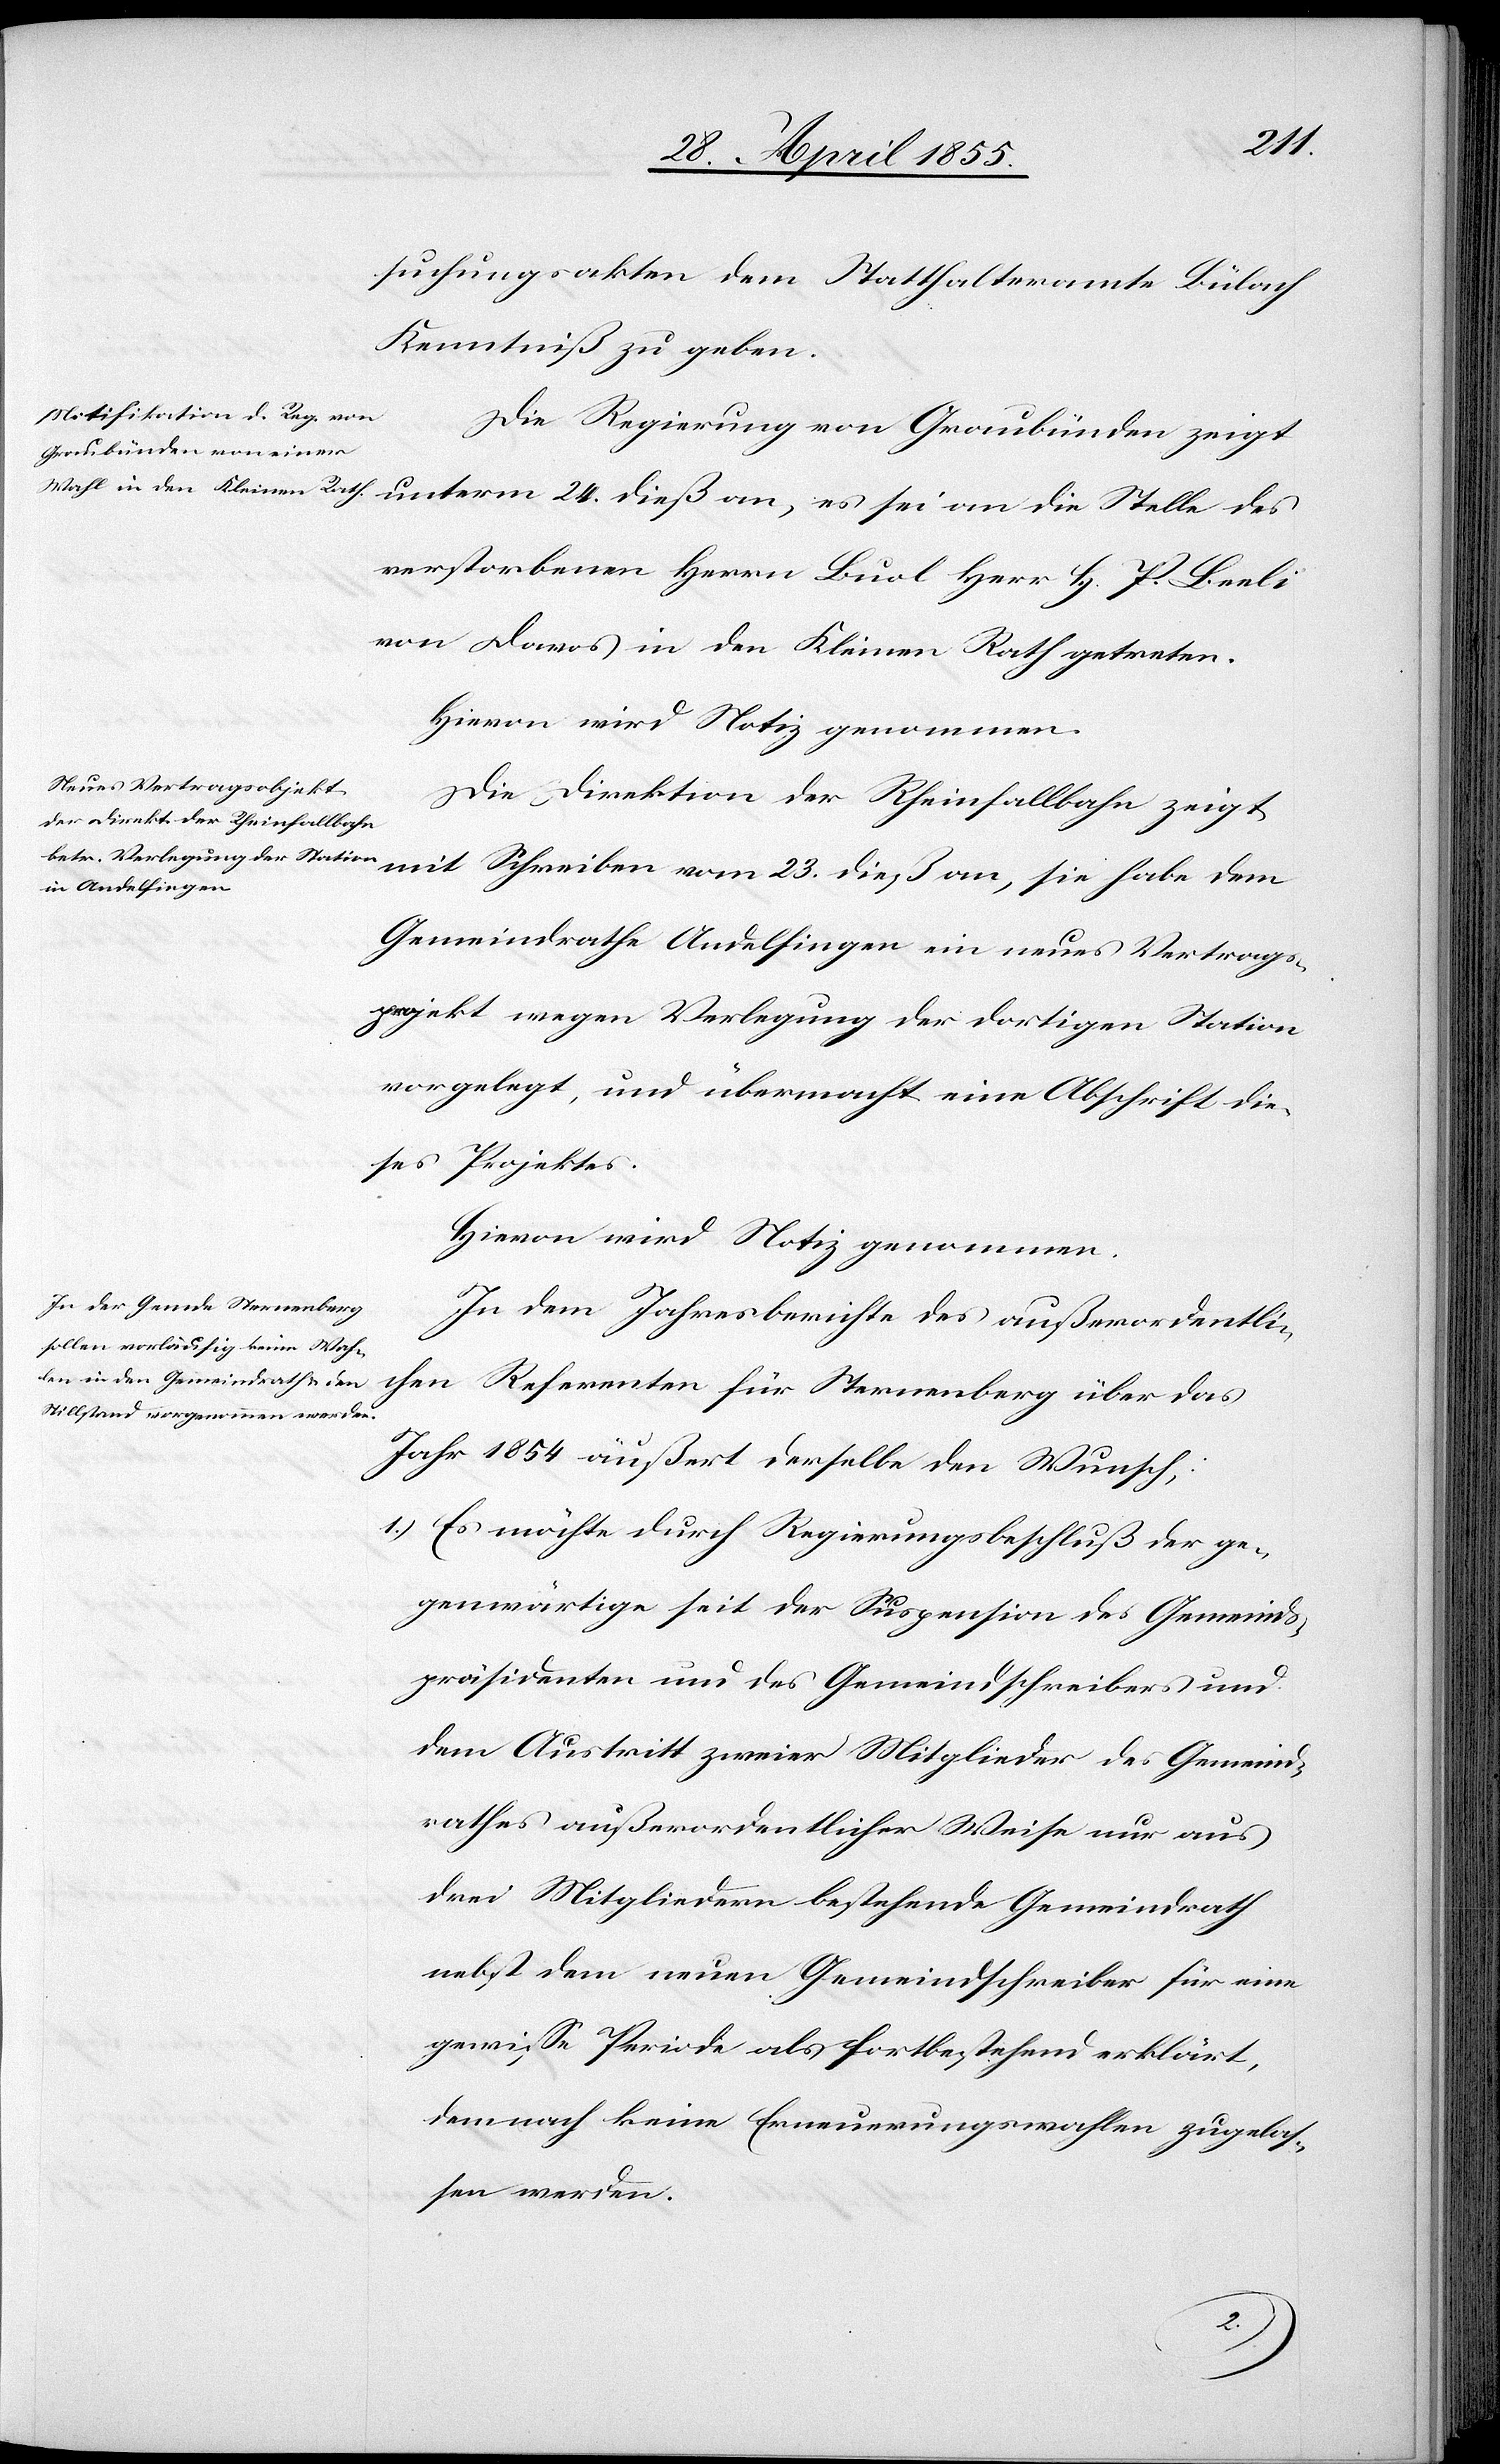
habe
suchungsakten dem Statthalteramte Bülach
Kenntniß zu geben.
Die Regierung von Graubünden zeigt
verstorbenen Herrn Buol Herr H. P. Beeli
von Davos in den Kleinen Rath getreten.
Hievon wird Notiz genommen.
Die Direktion der Rheinfallbahn zeigt
Gemeindrathe Andelfingen ein neues Vertrags¬
projekt wegen Verlegung der dortigen Station
vorgelegt, und übermacht eine Abschrift die¬
ses Projektes.
In dem Jahresberichte des außerordentli¬
chen Referenten für Sternenberg über das
Jahr 1854 äußert derselbe den Wunsch:
Es möchte durch Regierungsbeschluß der ge¬
genwärtige seit der Suspension des Gemeinds¬
präsidenten und des Gemeindschreibers und
dem Austritt zweier Mitglieder des Gemeind¬
rathes außerordentlicher Weise nur aus
drei Mitgliedern bestehende Gemeindrath
nebst dem neuen Gemeindschreiber für eine
gewisse Periode als fortbestehend erklärt,
demnach keine Erneuerungswahlen zugelas¬
sen werden.